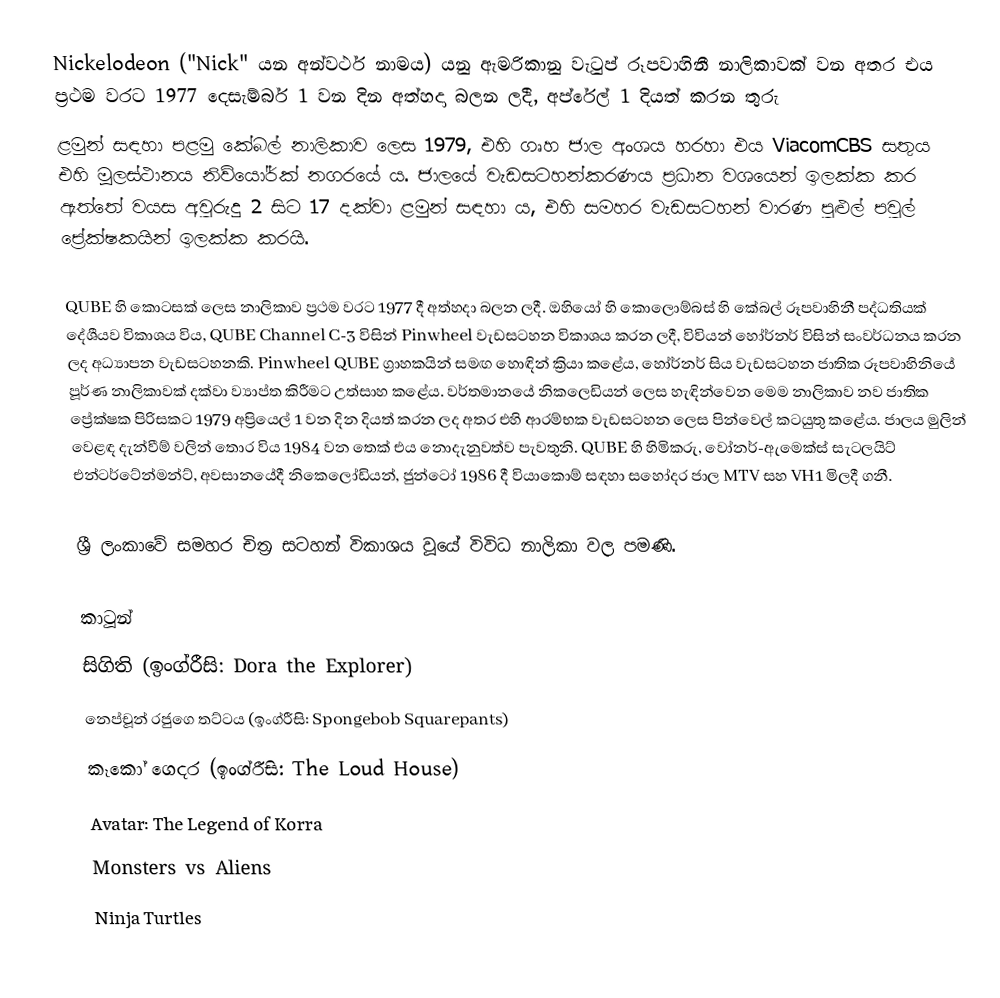
Nickelodeon ("Nick" යන අන්වර්ථ නාමය) යනු ඇමරිකානු වැටුප් රූපවාහිනී නාලිකාවක් වන අතර එය ප්‍රථම වරට 1977 දෙසැම්බර් 1 වන දින අත්හදා බලන ලදී, අප්රේල් 1 දියත් කරන තුරු
ළමුන් සඳහා පළමු කේබල් නාලිකාව ලෙස 1979, එහි ගෘහ ජාල අංශය හරහා එය ViacomCBS සතුය එහි මූලස්ථානය නිව්යෝර්ක් නගරයේ ය. ජාලයේ වැඩසටහන්කරණය ප්‍රධාන වශයෙන් ඉලක්ක කර ඇත්තේ වයස අවුරුදු 2 සිට 17 දක්වා ළමුන් සඳහා ය, එහි සමහර වැඩසටහන් වාරණ පුළුල් පවුල් ප්‍රේක්ෂකයින් ඉලක්ක කරයි.

QUBE හි කොටසක් ලෙස නාලිකාව ප්‍රථම වරට 1977 දී අත්හදා බලන ලදී. ඔහියෝ හි කොලොම්බස් හි කේබල් රූපවාහිනී පද්ධතියක් දේශීයව විකාශය විය, QUBE Channel C-3 විසින් Pinwheel වැඩසටහන විකාශය කරන ලදී, විවියන් හෝර්නර් විසින් සංවර්ධනය කරන ලද අධ්‍යාපන වැඩසටහනකි. Pinwheel QUBE ග්‍රාහකයින් සමඟ හොඳින් ක්‍රියා කළේය, හෝර්නර් සිය වැඩසටහන ජාතික රූපවාහිනියේ පූර්ණ නාලිකාවක් දක්වා ව්‍යාප්ත කිරීමට උත්සාහ කළේය. වර්තමානයේ නිකලෙඩියන් ලෙස හැඳින්වෙන මෙම නාලිකාව නව ජාතික ප්‍රේක්ෂක පිරිසකට 1979 අප්‍රියෙල් 1 වන දින දියත් කරන ලද අතර එහි ආරම්භක වැඩසටහන ලෙස පින්වෙල් කටයුතු කළේය. ජාලය මුලින් වෙළඳ දැන්වීම් වලින් තොර විය 1984 වන තෙක් එය නොදැනුවත්ව පැවතුනි. QUBE හි හිමිකරු, වෝනර්-ඇමෙක්ස් සැටලයිට් එන්ටර්ටේන්මන්ට්, අවසානයේදී නිකෙලෝඩියන්, ජුන්ටෝ 1986 දී වියාකොම් සඳහා සහෝදර ජාල MTV සහ VH1 මිලදී ගනී.

ශ්‍රී ලංකාවේ සමහර චිත්‍ර සටහන් විකාශය වූයේ විවිධ නාලිකා වල පමණි.

කාටූන්
සිගිති (ඉංග්රීසි: Dora the Explorer)
නෙප්චූන් රජුගෙ තට්ටය (ඉංග්රීසි: Spongebob Squarepants)
කෑකෝ ගෙදර (ඉංග්රීසි: The Loud House)
Avatar: The Legend of Korra
Monsters vs Aliens
Ninja Turtles